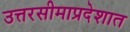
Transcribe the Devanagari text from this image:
उत्तरसीमाप्रदेशात